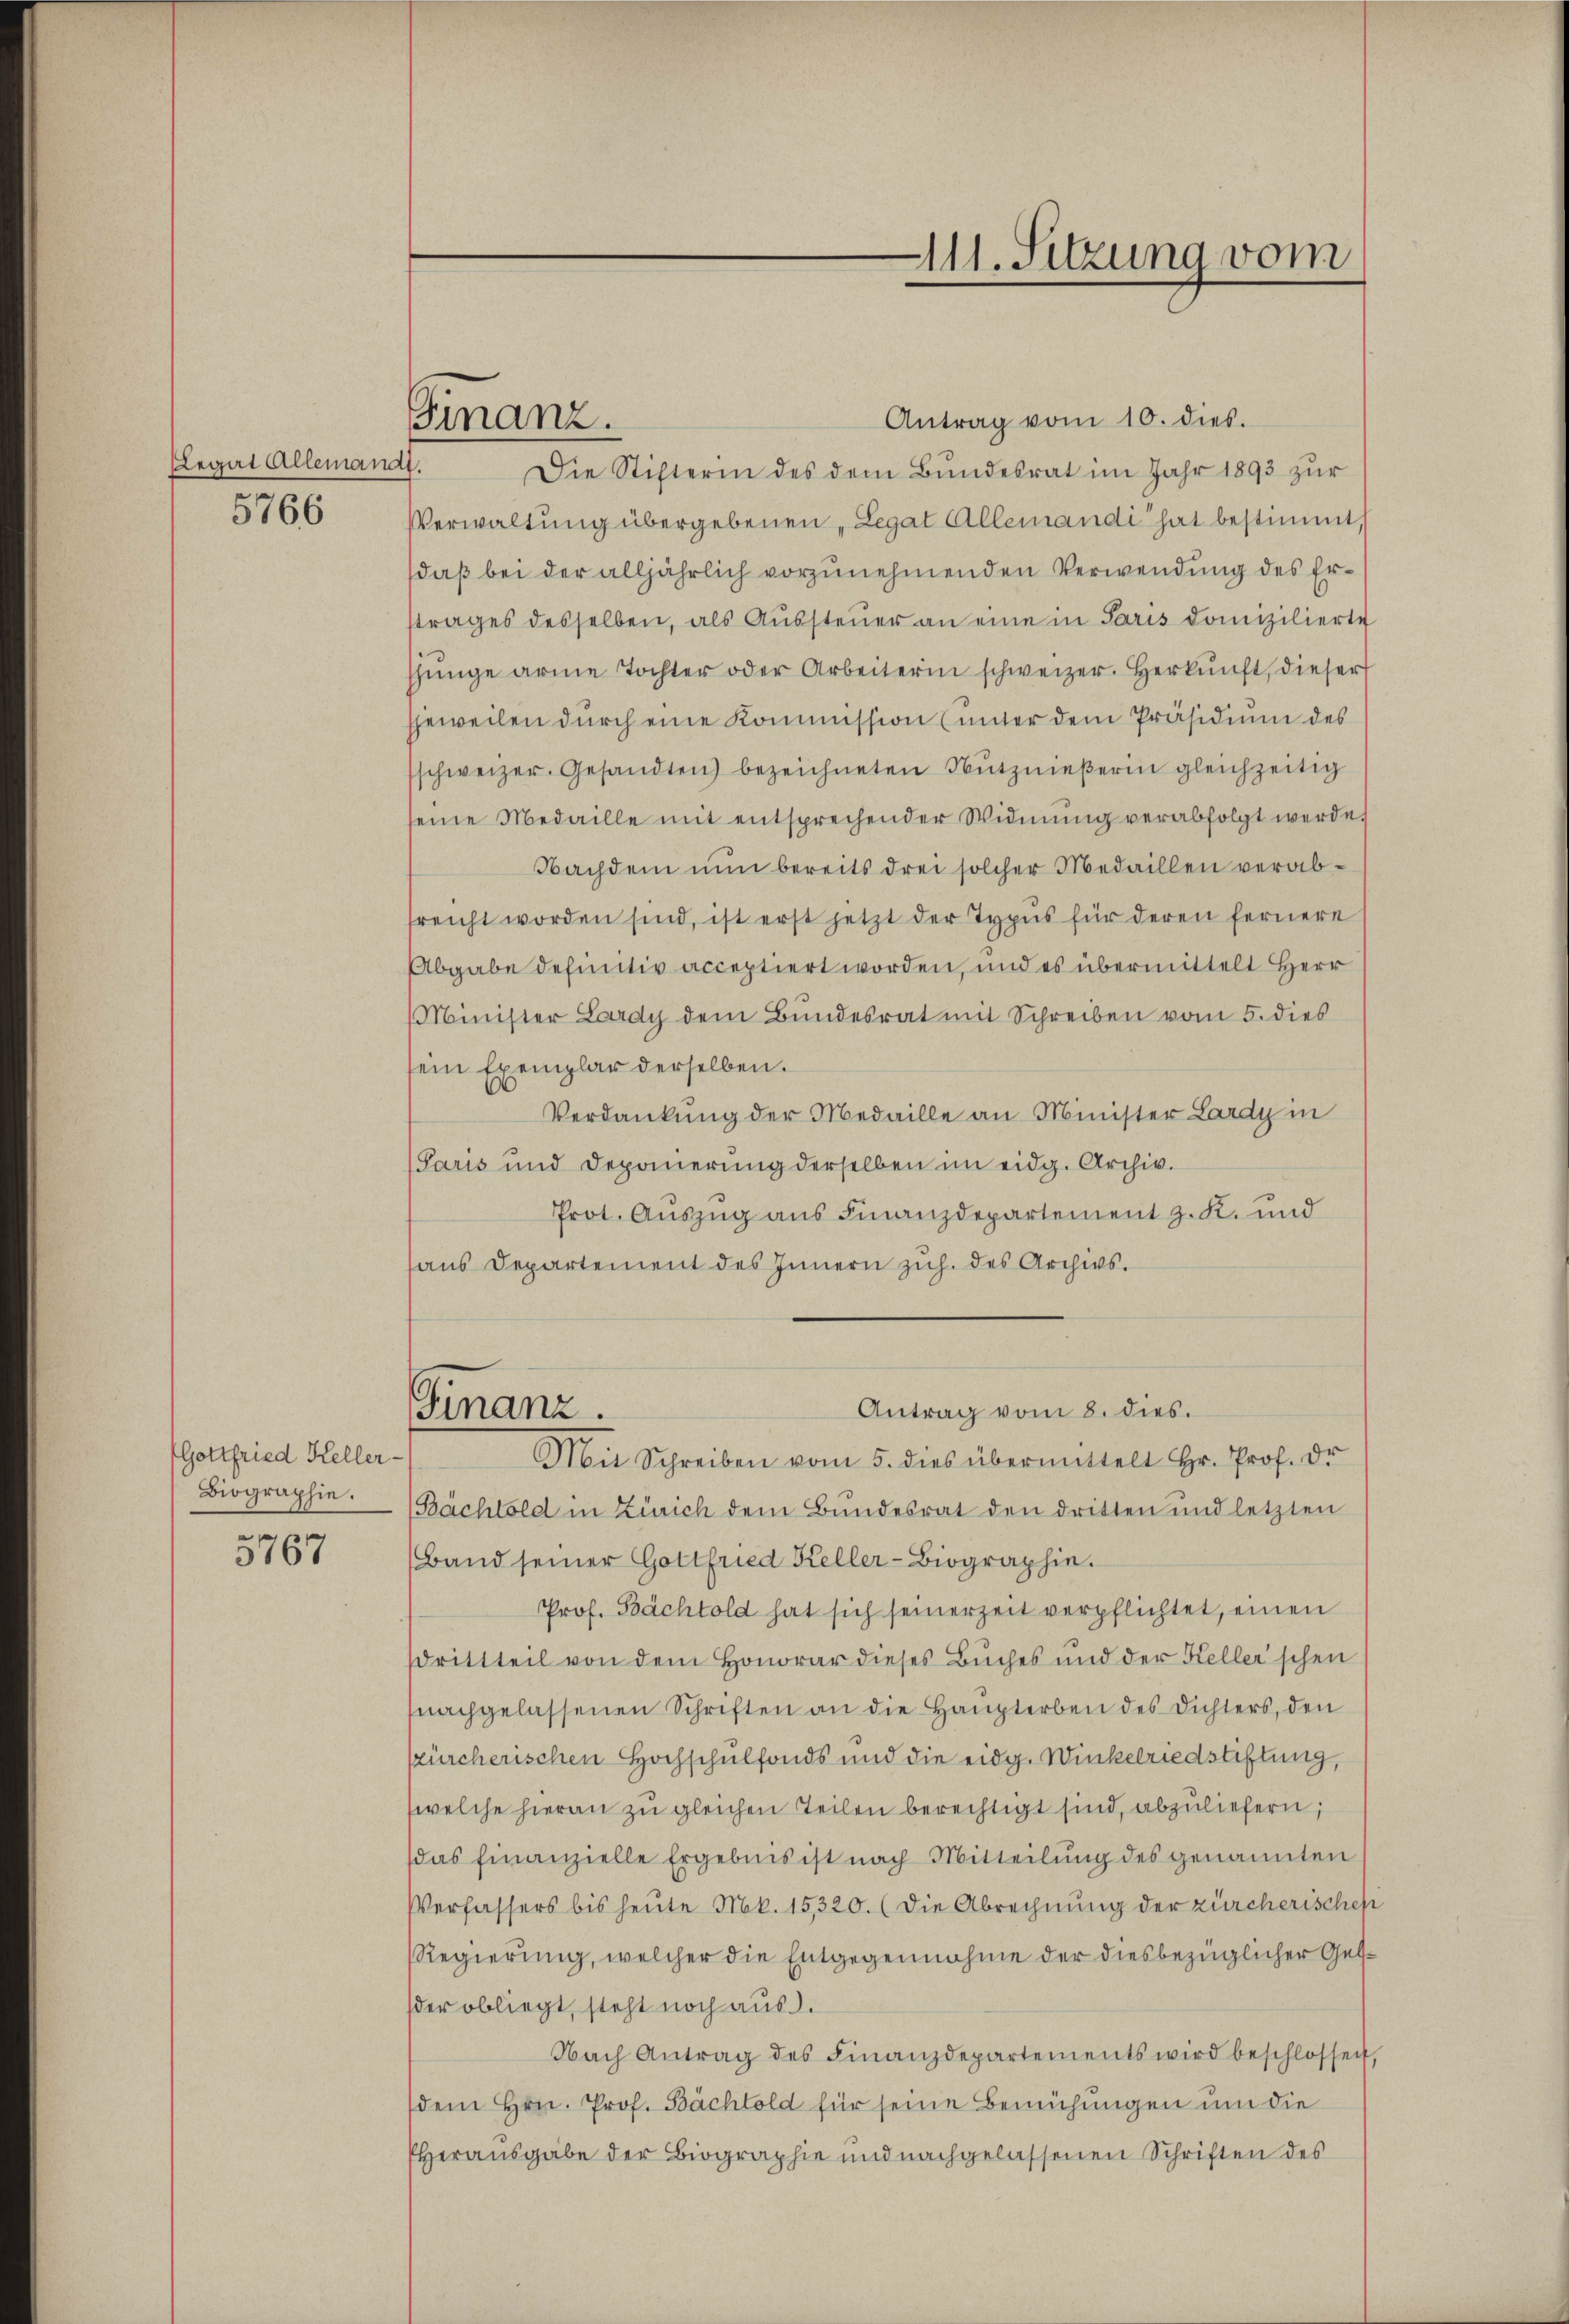
Legat Allemandt.
5766

5767

Gottfried Keller-
Biographie.

Finanz.

Antrag vom 10. dies.
Die Stifterin des dem Bundesrat im Jahr 1893 zur
Verwaltung übergebenen, Legat Allemandi hat bestimmt,
daß bei der alljährlich vorzunehmenden Verwendung des Erstrages desselben, als Aŭssteŭer an eine in Paris domizilierte
jünge arme Tochter oder Arbeiterin schweizer. Herkŭnft, dieser
jeweilen dŭrch eine Kommission (unter dem Präsidium des
schweizer. Gesandten bezeichneten Nŭtznieβerin gleichzeitig
seine Medaille mit entsprechender Widmung verabfolgt werde.
Nachdem nŭn bereits drei solcher Medaillen verabreicht worden sind, ist erst jetzt der Typus für deren fernere
Abgabe definitiv acceptiert worden, und es übermittelt Herr
Minister Lardy dem Bundesrat mit Schreiben vom 5. dies
sein Exemplar derselben.
Verdankung der Medaille an Minister Lardy in
Paris und Deponierŭng derselben im eidg. Archiv.
Prot. Auszug aus Finanzdepartement z. K. und
haus Departement des Innern zŭh. des Archivs.
Antrag vom 8. dies.
Finanz.
Mit Schreiben vom 5. dies übermittelt Hr. Prof. Dr.
Bachtold in Zürich dem Bundesrat den dritten und letzten
Band seiner Gottfried Keller-Biographie.
Prof. Bächtold hat sich seinerzeit verpflichtet, einen
drittteil von dem Honorar dieses Buches und der Keller'schen
nachgelassenen Schriften an die Haupterben des Dichters, den
szürcherischen Hochschulfonds und die eidg. Winkelriedstiftung,
welche hieran zu gleichen Teilen berechtigt sind, abzuliefern,
das finanzielle Ergebnis ist nach Mitteilung des genannten
Verfassers bis heute Mk. 15,320. (die Abrechnung der zürcherisches
Regierŭng, welcher die Entgegennahme der diesbezüglicher Ges.
der obliegt, steht noch aus.
Nach Antrag des Finanzdepartements wird beschlossen
dem Hrn. Prof. Bächtold für seine Bemühungen um die
Herausgabe der Biographie und nachgelassenen Schriften des

111. Sitzung vom